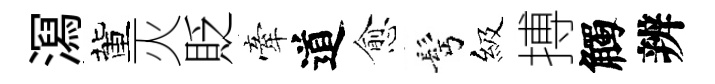
㵼董灭貶牽道愈髩級搏觸辨